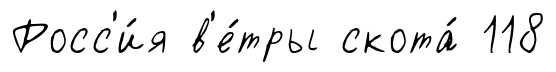
Росс'и́я в'е́тры скота́ 118